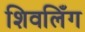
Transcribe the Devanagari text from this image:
शिवलिँग